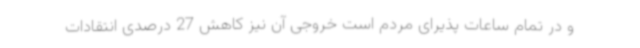
و در تمام ساعات پذیرای مردم است خروجی آن نیز کاهش 27 درصدی انتقادات